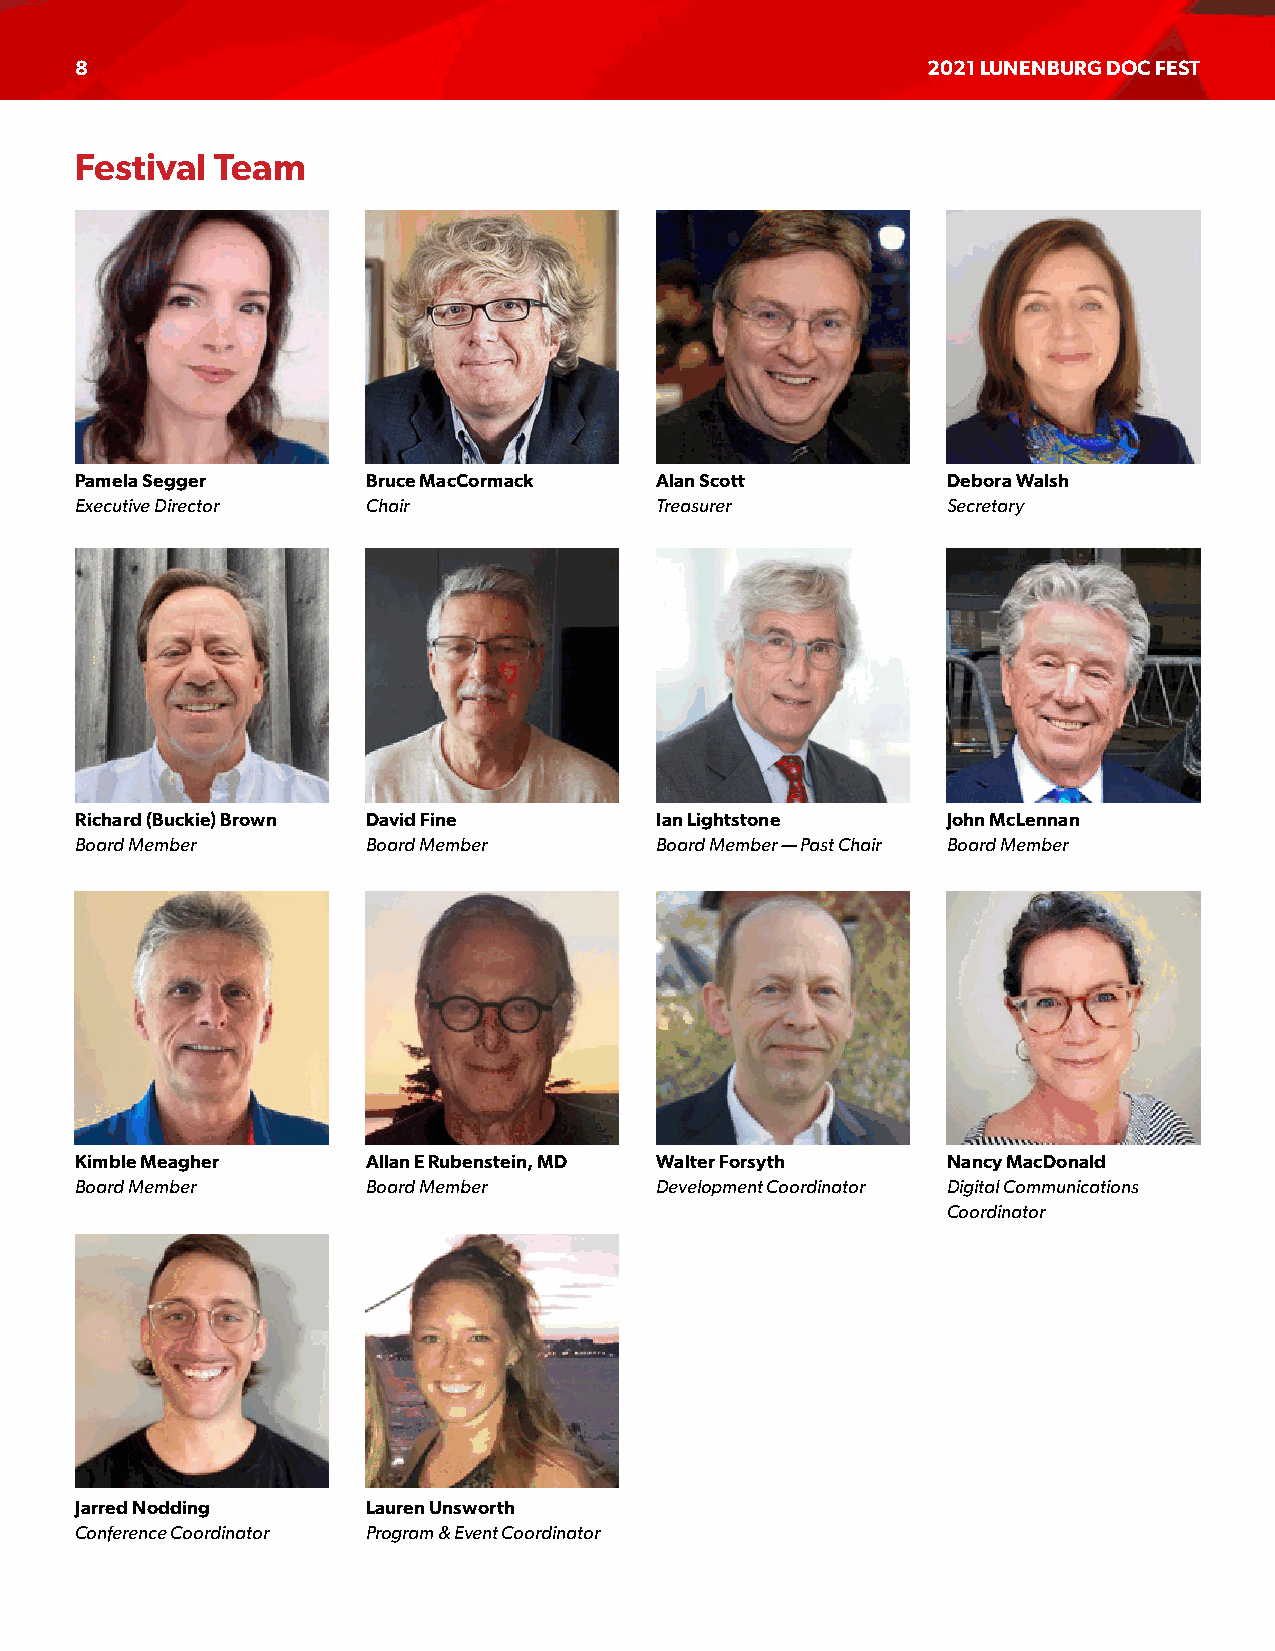
8                                                       2021 LUNENBURG DOC FEST
 Festival Team
 Pamela Segger      Bruce MacCormack   Alan Scott          Debora Walsh
 Executive Director Chair              Treasurer           Secretary
 Richard (Buckie) Brown David Fine     Ian Lightstone      John McLennan
 Board Member       Board Member       Board Member — Past Chair Board Member
 Kimble Meagher     Allan E Rubenstein, MD Walter Forsyth  Nancy MacDonald
 Board Member       Board Member       Development Coordinator Digital Communications
 Coordinator
 Jarred Nodding     Lauren Unsworth
 Conference Coordinator Program & Event Coordinator